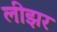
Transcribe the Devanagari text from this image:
लीझर